Report of the Indian Hemp Drugs Commission, 1894-1895 - Volume III
Year: 1894
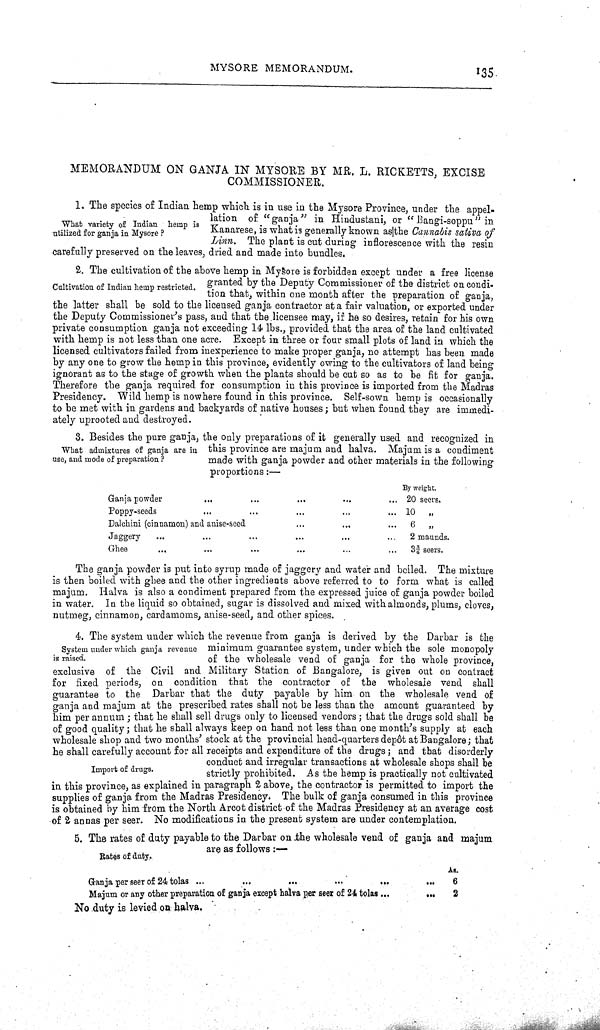
MYSORE MEMORANDUM.
135
MEMORANDUM ON GANJA IN MYSORE BY MR. L. RICKETTS, EXCISE
COMMISSIONER.
What variety of Indian hemp is
utilized for ganja in Mysore?
1. The species of Indian hemp which is in use in the Mysore Province, under the appel-
lation of "ganja" in Hindustani, or "Bangi-soppu" in
Kanarese, is what is generally known as the Cannabis saliva of
Linn. The plant is cut during inflorescence with the resin
carefully preserved on the leaves, dried and made into bundles.
Cultivation of Indian hemp restricted.
2. The cultivation of the above hemp in Mysore is forbidden except under a free license
granted by the Deputy Commissioner of the district on condi-
tion that, within one month after the preparation of ganja,
the latter shall be sold to the licensed ganja contractor at a fair valuation, or exported under
the Deputy Commissioner's pass, and that the licensee may, if he so desires, retain for his own
private consumption ganja not exceeding 14 lbs., provided that the area of the land cultivated
with hemp is not less than one acre. Except in three or four small plots of land in which the
licensed cultivators failed from inexperience to make proper ganja, no attempt has been made
by any one to grow the hemp in this province, evidently owing to the cultivators of land being
ignorant as to the stage of growth when the plants should be cut so as to be fit for ganja.
Therefore the ganja required for consumption in this province is imported from the Madras
Presidency. Wild hemp is nowhere found in this province. Self-sown hemp is occasionally
to be met with in gardens and backyards of native houses; but when found they are immedi-
ately uprooted and destroyed.
What admixtures of ganja are in
use, and mode of preparation?
3. Besides the pure ganja, the only preparations of it generally used and recognized in
this province are majum and halva. Majum is a condiment
made with ganja powder and other materials in the following
proportions:—
By weight.
Ganja powder
20 seers.
Poppy-seeds
10
"
Dalchini (cinnamon) and anise-seed
6
"
Jaggery
2 maunds.
Ghee
3¾ seers.
The ganja powder is put into syrup made of jaggery and water and boiled. The mixture
is then boiled with ghee and the other ingredients above referred to to form what is called
majum. Halva is also a condiment prepared from the expressed juice of ganja powder boiled
in water. In the liquid so obtained, sugar is dissolved and mixed with almonds, plums, cloves,
nutmeg, cinnamon, cardamoms, anise-seed, and other spices.
System under which ganja revenue
is raised.
Import of drugs.
4. The system under which the revenue from ganja is derived by the Darbar is the
minimum guarantee system, under which the sole monopoly
of the wholesale vend of ganja for the whole province,
exclusive of the Civil and Military Station of Bangalore, is given out on contract
for fixed periods, on condition that the contractor of the wholesale vend shall
guarantee to the Darbar that the duty payable by him on the wholesale vend of
ganja and majum at the prescribed rates shall not be less than the amount guaranteed by
him per annum; that he shall sell drugs only to licensed vendors; that the drugs sold shall be
of good quality; that he shall always keep on hand not less than one month's supply at each
wholesale shop and two months' stock at the provincial head-quarters depôt at Bangalore; that
he shall carefully account for all receipts and expenditure of the drugs; and that disorderly
conduct and irregular transactions at wholesale shops shall be
strictly prohibited. As the hemp is practically not cultivated
in this province, as explained in paragraph 2 above, the contractor is permitted to import the
supplies of ganja from the Madras Presidency. The bulk of ganja consumed in this province
is obtained by him from the North Arcot district of the Madras Presidency at an average cost
of 2 annas per seer. No modifications in the present system are under contemplation.
Rates of duty.
5. The rates of duty payable to the Darbar on the wholesale vend of ganja and majum
are as follows:—
As.
Ganja per seer of 24 tolas
6
Majum or any other preparation of ganja except halva per seer of 24 tolas
2
No duty is levied on halva.